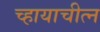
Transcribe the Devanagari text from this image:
च्हायाचीत्न